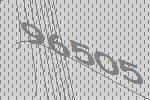
96505